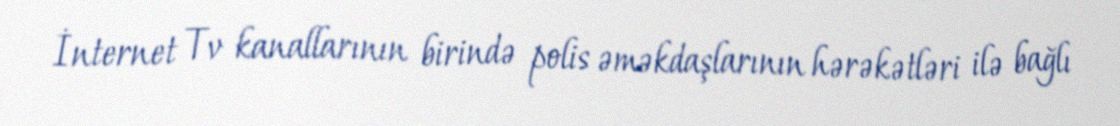
İnternet Tv kanallarının birində polis əməkdaşlarının hərəkətləri ilə bağlı